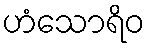
ဟံသောရိဝ